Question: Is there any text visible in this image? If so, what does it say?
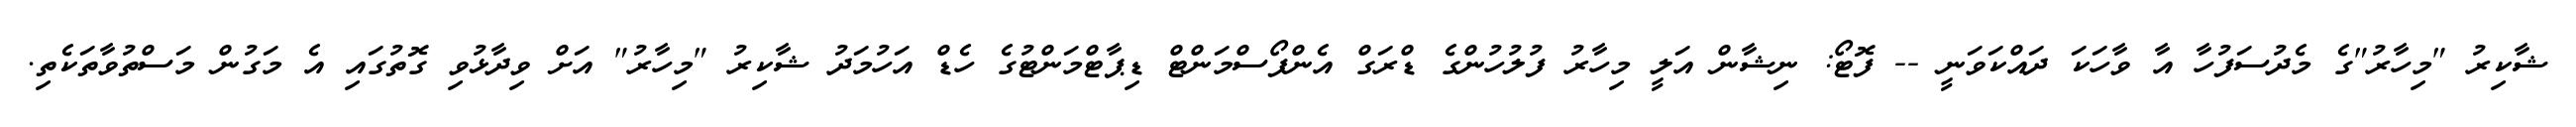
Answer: ޝާކިރު "މިހާރު"ގެ މެދުސަފުހާ އާ ވާހަކަ ދައްކަވަނީ -- ފޮޓޯ: ނިޝާން އަލީ މިހާރު ފުލުހުންގެ ޑްރަގް އެންފޯސްމަންޓް ޑިޕާޓްމަންޓުގެ ހެޑް އަހުމަދު ޝާކިރު "މިހާރު" އަށް ވިދާޅުވި ގޮތުގައި އެ މަގުން މަސްތުވާތަކެތި.